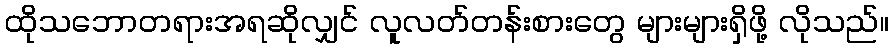
ထိုသဘောတရားအရဆိုလျှင် လူလတ်တန်းစားတွေ များများရှိဖို့ လိုသည်။